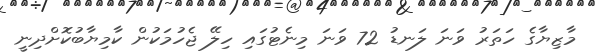
މާޒިޔާގެ ހަތަރު ވަނަ ލަނޑު 72 ވަނަ މިނެޓުގައި ހިލޭ ޖެހުމަކުން ކާމިޔާބުކޮށްދިނީ